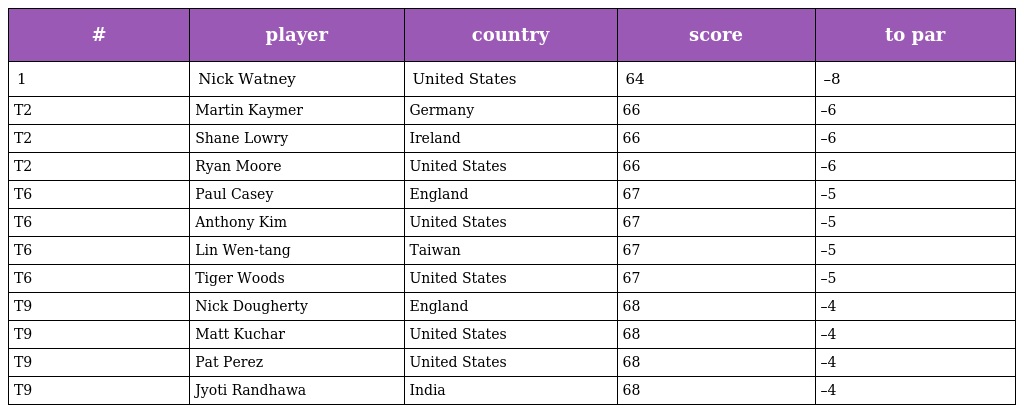
| # | player | country | score | to par |
 | --- | --- | --- | --- | --- |
 | 1 | Nick Watney | United States | 64 | –8 |
 | T2 | Martin Kaymer | Germany | 66 | –6 |
 | T2 | Shane Lowry | Ireland | 66 | –6 |
 | T2 | Ryan Moore | United States | 66 | –6 |
 | T6 | Paul Casey | England | 67 | –5 |
 | T6 | Anthony Kim | United States | 67 | –5 |
 | T6 | Lin Wen-tang | Taiwan | 67 | –5 |
 | T6 | Tiger Woods | United States | 67 | –5 |
 | T9 | Nick Dougherty | England | 68 | –4 |
 | T9 | Matt Kuchar | United States | 68 | –4 |
 | T9 | Pat Perez | United States | 68 | –4 |
 | T9 | Jyoti Randhawa | India | 68 | –4 |